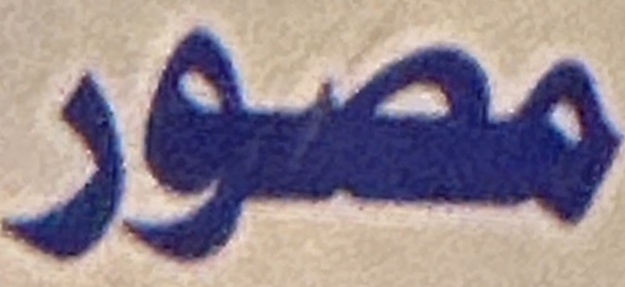
مصور